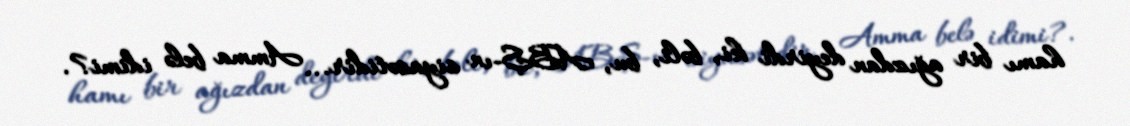
hamı bir ağızdan deyirdi ki, bəli, bu, ABŞ-ın siyasətidir... Amma belə idimi?.